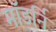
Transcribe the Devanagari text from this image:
मॉडर्नि